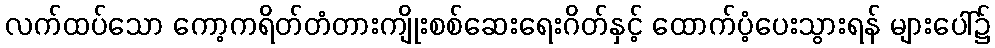
လက်ထပ်သော ကော့ကရိတ်တံတားကျိုးစစ်ဆေးရေးဂိတ်နှင့် ထောက်ပံ့ပေးသွားရန် များပေါ်၌